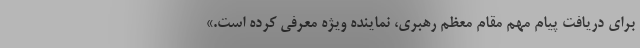
برای دریافت پیام مهم مقام معظم رهبری، نماینده ویژه معرفی کرده است.»